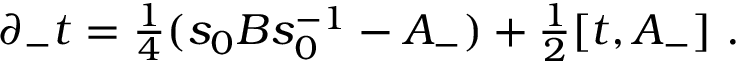
\partial _ { - } t = { \textstyle { \frac 1 4 } } ( s _ { 0 } B s _ { 0 } ^ { - 1 } - A _ { - } ) + { \textstyle { \frac 1 2 } } [ t , A _ { - } ] \ .